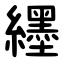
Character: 纆